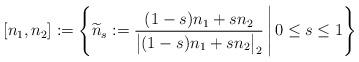
LaTeX: \begin{align*}[n_1,n_2] := \left\lbrace \widetilde{n}_s := \frac{ (1-s) n_1 + s n_2 }{ \big| (1-s) n_1 + s n_2 \big|_2 } \,\Bigg| \, 0\leq s \leq 1 \right\rbrace \end{align*}